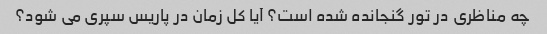
چه مناظری در تور گنجانده شده است؟ آیا کل زمان در پاریس سپری می شود؟